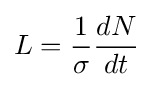
L={\frac {1}{\sigma }}{\frac {dN}{dt}}